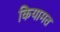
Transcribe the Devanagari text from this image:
कियामत